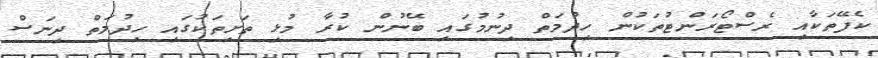
ކެފޭތަކާއި ރެސްޓޯރަންޓުތަކުން ހިދުމަތް ދިނުމުގައި ބޭނުން ކުރާ މުޅި ތަށިތަކުގައި ހިދުމަތް ދިނަސް